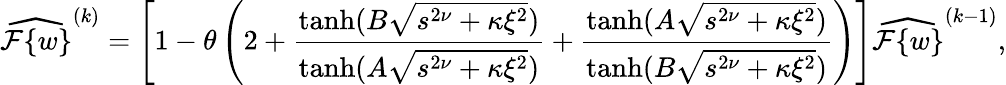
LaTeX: \widehat{\mathcal{F}\{ w\} }^{(k)}=\left[1-\theta\left(2+\frac{\operatorname{tanh}(B\sqrt{s^{2\nu}+\kappa\xi^{2}})}{\operatorname{tanh}(A\sqrt{s^{2\nu}+\kappa\xi^{2}})}+\frac{\operatorname{tanh}(A\sqrt{s^{2\nu}+\kappa\xi^{2}})}{\operatorname{tanh}(B\sqrt{s^{2\nu}+\kappa\xi^{2}})}\right)\right]\widehat{\mathcal{F}\{ w\} }^{(k-1)},